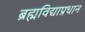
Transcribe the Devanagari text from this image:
ब्रह्मविद्याप्रधान